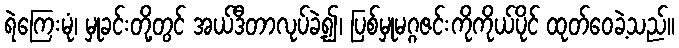
ရဲကြေးမုံ၊ မှုခင်းတို့တွင် အယ်ဒီတာလုပ်ခဲ့၍၊ ပြစ်မှုမဂ္ဂဇင်းကိုကိုယ်ပိုင် ထုတ်ဝေခဲ့သည်။